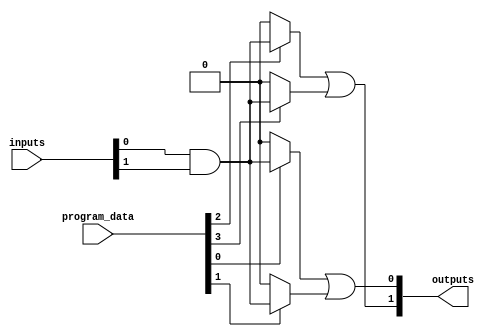
module FlashProgrammablePAL (
    input wire [N-1:0] inputs,      // N input pins
    input wire [M-1:0] program_data, // M programming bits for AND gates
    output wire [P-1:0] outputs      // P output pins
);
    parameter N = 4; // Number of input pins
    parameter M = 8; // Number of AND gates
    parameter P = 2; // Number of output pins

    // Internal wires for AND gates
    wire [M-1:0] and_out;

    // AND Array - Programmable AND gates
    genvar i;
    generate
        for (i = 0; i < M; i = i + 1) begin : and_array
            // Each AND gate can be configured based on program_data
            assign and_out[i] = (program_data[i] == 1'b1) ? (inputs[0] & inputs[1]) : 1'b0; // Example configuration
            // Extend this logic for more inputs and configurations as needed
        end
    endgenerate

    // OR Array - Fixed OR gates
    assign outputs[0] = and_out[0] | and_out[1]; // Example OR configuration
    assign outputs[1] = and_out[2] | and_out[3]; // Example OR configuration
    // Extend this logic for more outputs as needed

endmodule